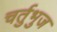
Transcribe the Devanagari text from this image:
चर्तुभुज